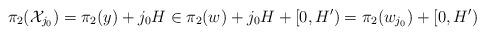
LaTeX: \begin{align*} \pi_2(\mathcal{X}_{j_0}) &=\pi_2(y)+j_0H\in \pi_2(w)+j_0H+[0,H')=\pi_2(w_{j_0})+[0,H')\end{align*}